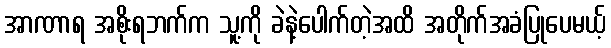
အာဏာရ အစိုးရဘက်က သူ့ကို ခဲနဲ့ပေါက်တဲ့အထိ အတိုက်အခံပြုပေမယ့်